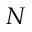
N